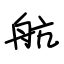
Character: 航